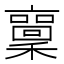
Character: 𱶫